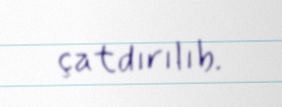
çatdırılıb.